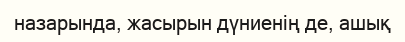
назарында, жасырын дүниенің де, ашық